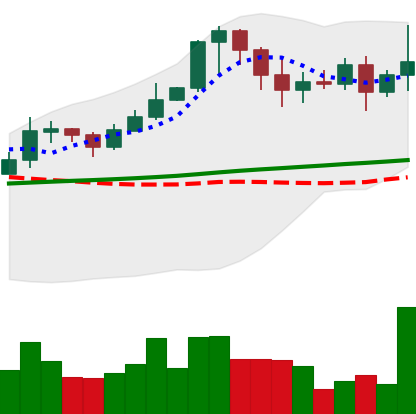
Ticker: XRP-USD
Chart end date: 2021-02-22
Forward return: -23.425%
Label: down_7plus